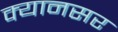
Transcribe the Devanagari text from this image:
क्यानसर